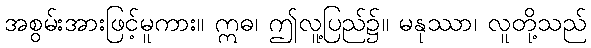
အစွမ်းအားဖြင့်မူကား။ ဣဓ၊ ဤလူ့ပြည်၌။ မနုဿာ၊ လူတို့သည်